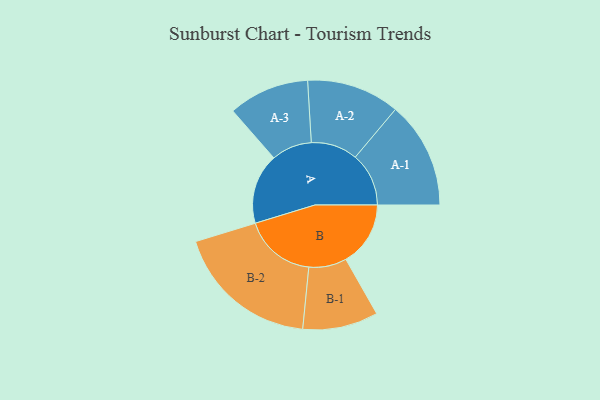
{"axis": {"x": "Segment", "y": "Value"}, "legend": ["", "A", "B"], "data": [{"x": "A", "y": 265, "type": ""}, {"x": "B", "y": 243, "type": ""}, {"x": "A-1", "y": 201, "type": "A"}, {"x": "A-2", "y": 175, "type": "A"}, {"x": "A-3", "y": 152, "type": "A"}, {"x": "B-1", "y": 142, "type": "B"}, {"x": "B-2", "y": 271, "type": "B"}]}